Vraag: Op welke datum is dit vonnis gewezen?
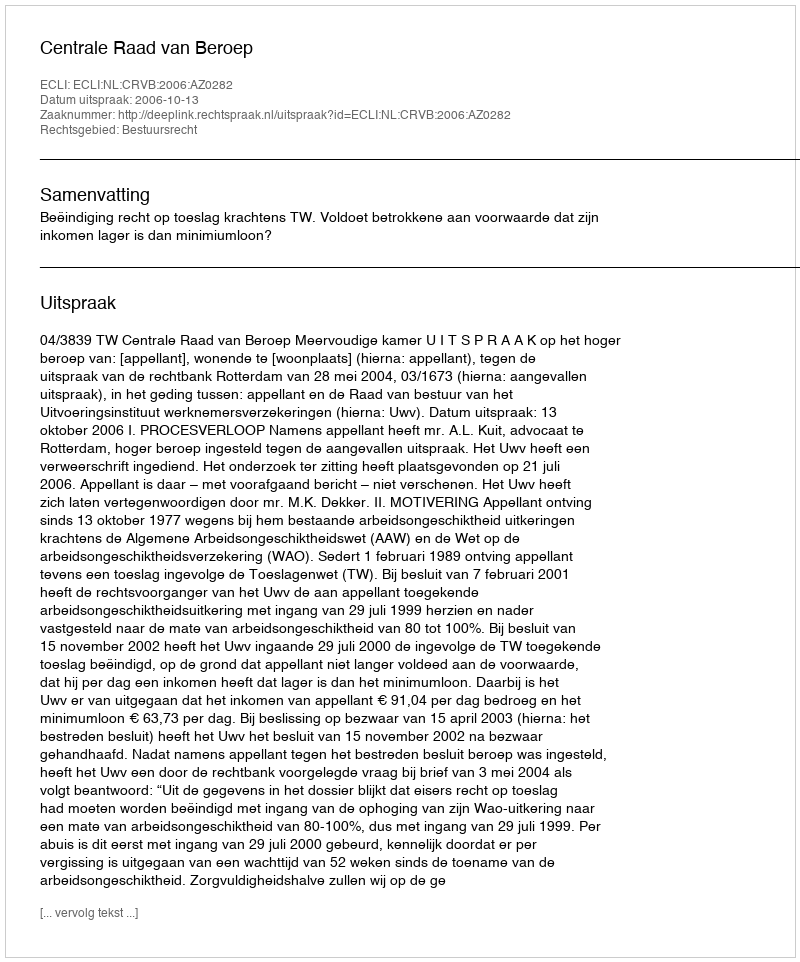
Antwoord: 2006-10-13